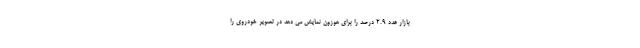
بازار عدد 2.9 درصد را برای هوزون نمایش می دهد در تصویر خودروی را